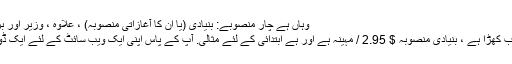
وہاں ہے چار منصوبے: بنیادی (یا ان کا آغازاتی منصوبہ) ، علاوہ ، وزیر اور بزنس پرو.
جیسا کہ اب کھڑا ہے ، بنیادی منصوبہ $ 2.95 / مہینہ ہے اور ہے ابتدائی کے لئے مثالی. آپ کے پاس اپنی ایک ویب سائٹ کے لئے ایک ڈومین ہوگا۔